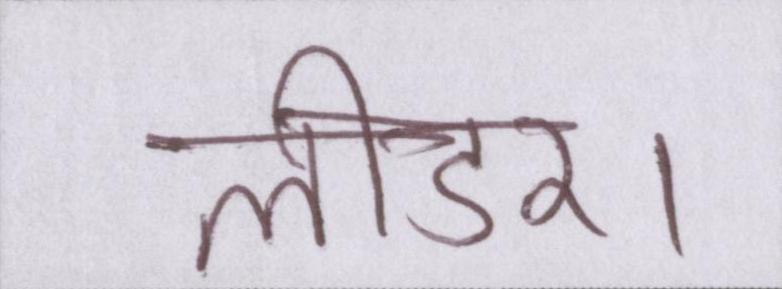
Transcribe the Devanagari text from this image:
लीडर।